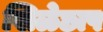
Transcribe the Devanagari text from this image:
खिळेछाप